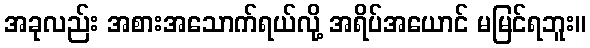
အခုလည်း အစားအသောက်ရယ်လို့ အရိပ်အယောင် မမြင်ရဘူး။